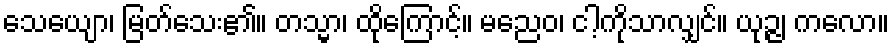
သေယျော၊ မြတ်သေး၏။ တသ္မာ၊ ထိုကြောင့်။ မညေဝ၊ ငါ့ကိုသာလျှင်။ ယုဉ္ဇ၊ ကလော။